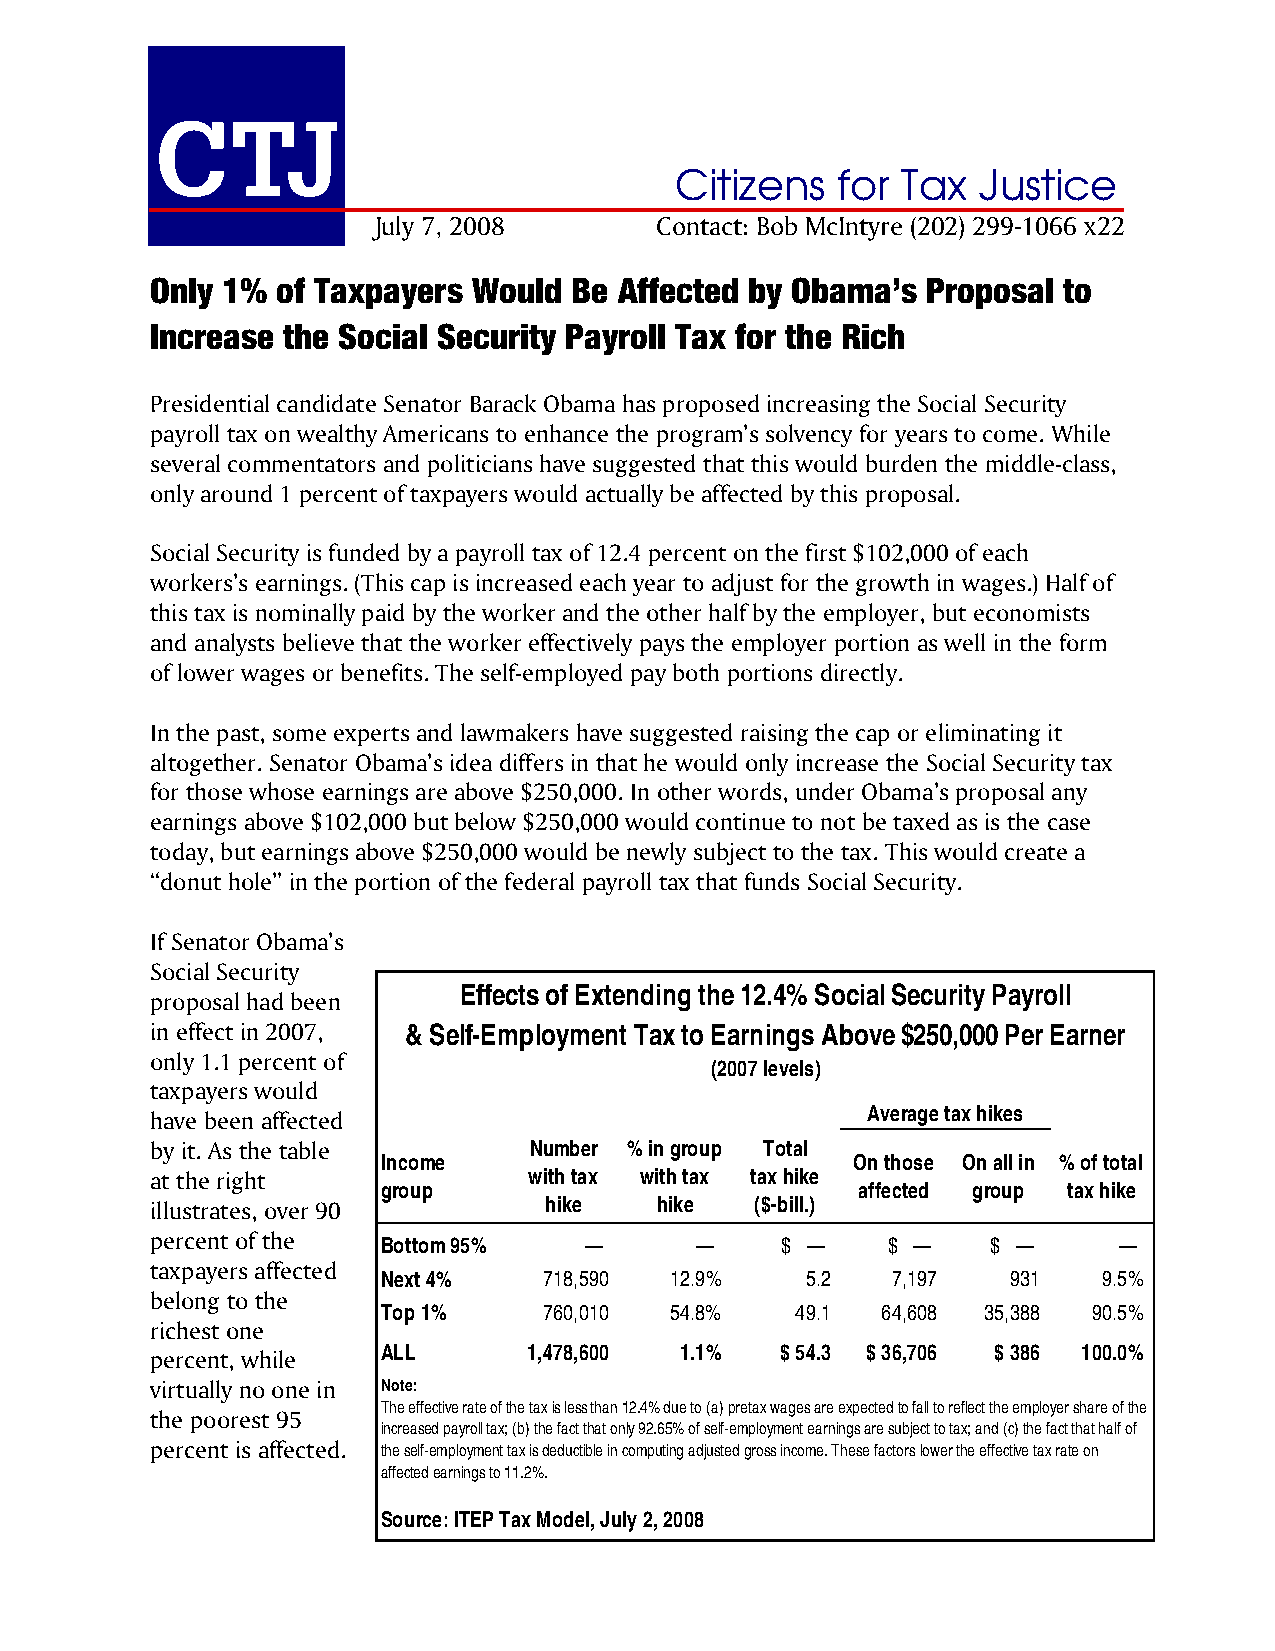
CTJ
 Citizens  for  Tax  Justice
 July 7, 2008      Contact: Bob McIntyre (202) 299-1066 x22
 Only 1% of Taxpayers Would  Be Affected by Obama’s Proposal to
 Increase the Social Security Payroll Tax for the Rich
 Presidential candidate Senator Barack Obama has proposed increasing the Social Security
 payroll tax on wealthy Americans to enhance the program’s solvency for years to come. While
 several commentators and politicians have suggested that this would burden the middle-class,
 only around 1 percent of taxpayers would actually be affected by this proposal.
 Social Security is funded by a payroll tax of 12.4 percent on the first $102,000 of each
 workers’s earnings. (This cap is increased each year to adjust for the growth in wages.) Half of
 this tax is nominally paid by the worker and the other half by the employer, but economists
 and analysts believe that the worker effectively pays the employer portion as well in the form
 of lower wages or benefits. The self-employed pay both portions directly.
 In the past, some experts and lawmakers have suggested raising the cap or eliminating it
 altogether. Senator Obama’s idea differs in that he would only increase the Social Security tax
 for those whose earnings are above $250,000. In other words, under Obama’s proposal any
 earnings above $102,000 but below $250,000 would continue to not be taxed as is the case
 today, but earnings above $250,000 would be newly subject to the tax. This would create a
 “donut hole” in the portion of the federal payroll tax that funds Social Security.
 If Senator Obama’s
 Social Security
 Effects of Extending the 12.4% Social Security Payroll
 proposal had been
 in effect in 2007, & Self-Employment Tax to Earnings Above $250,000 Per Earner
 only 1.1 percent of
 (2007 levels)
 taxpayers would
 have been affected                             Average tax hikes
 by it. As the table      Number % in group Total
 Income                         On those On all in % of total
 at the right             with tax with tax tax hike
 group                           affected group tax hike
 illustrates, over 90      hike   hike   ($-bill.)
 percent of the
 Bottom 95%    —      —     $ —    $ —    $ —     —
 taxpayers affected
 Next 4%    718,590 12.9%    5.2   7,197   931   9.5%
 belong to the
 Top 1%     760,010 54.8%    49.1 64,608 35,388 90.5%
 richest one
 percent, while ALL       1,478,600 1.1%   $ 54.3 $ 36,706 $ 386 100.0%
 virtually no one in Note:
 The effective rate of the tax is less than 12.4% due to (a) pretax wages are expected to fall to reflect the employer share of the
 the poorest 95
 increased payroll tax; (b) the fact that only 92.65% of self-employment earnings are subject to tax; and (c) the fact that half of
 percent is affected. the self-employment tax is deductible in computing adjusted gross income. These factors lower the effective tax rate on
 affected earnings to 11.2%.
 Source: ITEP Tax Model, July 2, 2008